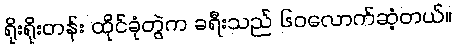
ရိုးရိုးတန်း ထိုင်ခုံတွဲက ခရီးသည် ၆၀လောက်ဆံ့တယ်။